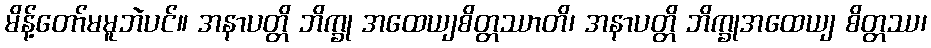
မိန့်တော်မမူဘဲပင်။ အနာပတ္တိ ဘိက္ခု အထေယျစိတ္တဿာတိ၊ အနာပတ္တိ ဘိက္ခုအထေယျ စိတ္တဿ၊